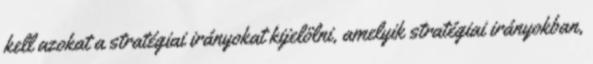
kell azokat a stratégiai irányokat kijelölni, amelyik stratégiai irányokban,